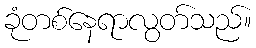
ခုံတစ်နေရာလွတ်သည်။